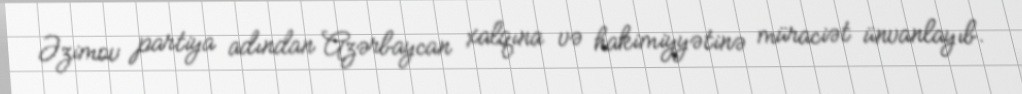
Əzimov partiya adından Azərbaycan xalqına və hakimiyyətinə müraciət ünvanlayıb.